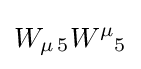
W_{\mu \,5}W^{\mu }{}_{5}